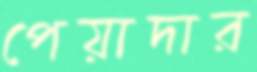
পেয়াদার